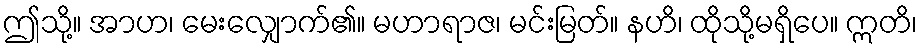
ဤသို့။ အာဟ၊ မေးလျှောက်၏။ မဟာရာဇ၊ မင်းမြတ်။ နဟိ၊ ထိုသို့မရှိပေ။ ဣတိ၊